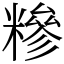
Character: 糝